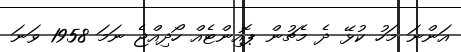
އަންނަ މަހު ކުޅޭ ދެ މެޗުން ޕޮއިންޓެއް ހޯދިއްޖެ ނަމަ 1958 ވަނަ